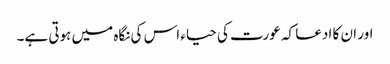
اور ان کا ادعا کہ عورت کی حیاء اس کی نگاہ میں ہوتی ہے۔